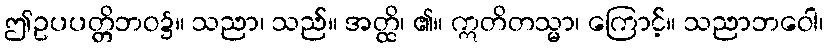
ဤဥပပတ္တိဘဝ၌။ သညာ၊ သည်။ အတ္ထိ၊ ၏။ ဣတိတသ္မာ၊ ကြောင့်။ သညာဘဝေါ၊